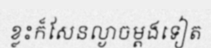
ខ្លះក៏សែនល្ងាចម្តងទៀត